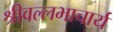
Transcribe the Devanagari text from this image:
श्रीवल्‍लभाचार्य